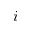
i